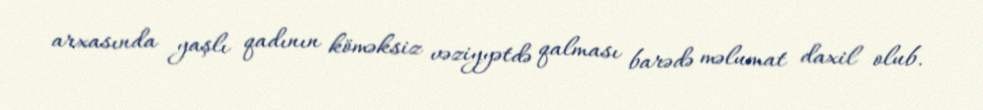
arxasında yaşlı qadının köməksiz vəziyyətdə qalması barədə məlumat daxil olub.